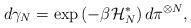
LaTeX: \begin{align*} d \gamma_{N} = \exp \left( - \beta \mathcal{H}^{*}_{N} \right) d \pi ^{\otimes N}, \end{align*}